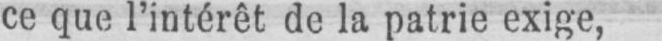
ce que l’intérêt de la patrie exige,